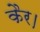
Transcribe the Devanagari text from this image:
कैर।